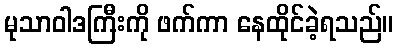
မုသာဝါဒကြီးကို ဖက်ကာ နေထိုင်ခဲ့ရသည်။